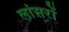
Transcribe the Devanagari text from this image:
लांसरों